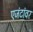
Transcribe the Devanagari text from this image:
एजंटांवर